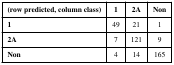
<table><thead><tr><td><b>(row predicted, column class)</b></td><td><b>1</b></td><td><b>2A</b></td><td><b>Non</b></td></tr></thead><tbody><tr><td><b>1</b></td><td>49</td><td>21</td><td>1</td></tr><tr><td><b>2A</b></td><td>7</td><td>121</td><td>9</td></tr><tr><td><b>Non</b></td><td>4</td><td>14</td><td>165</td></tr></tbody></table>